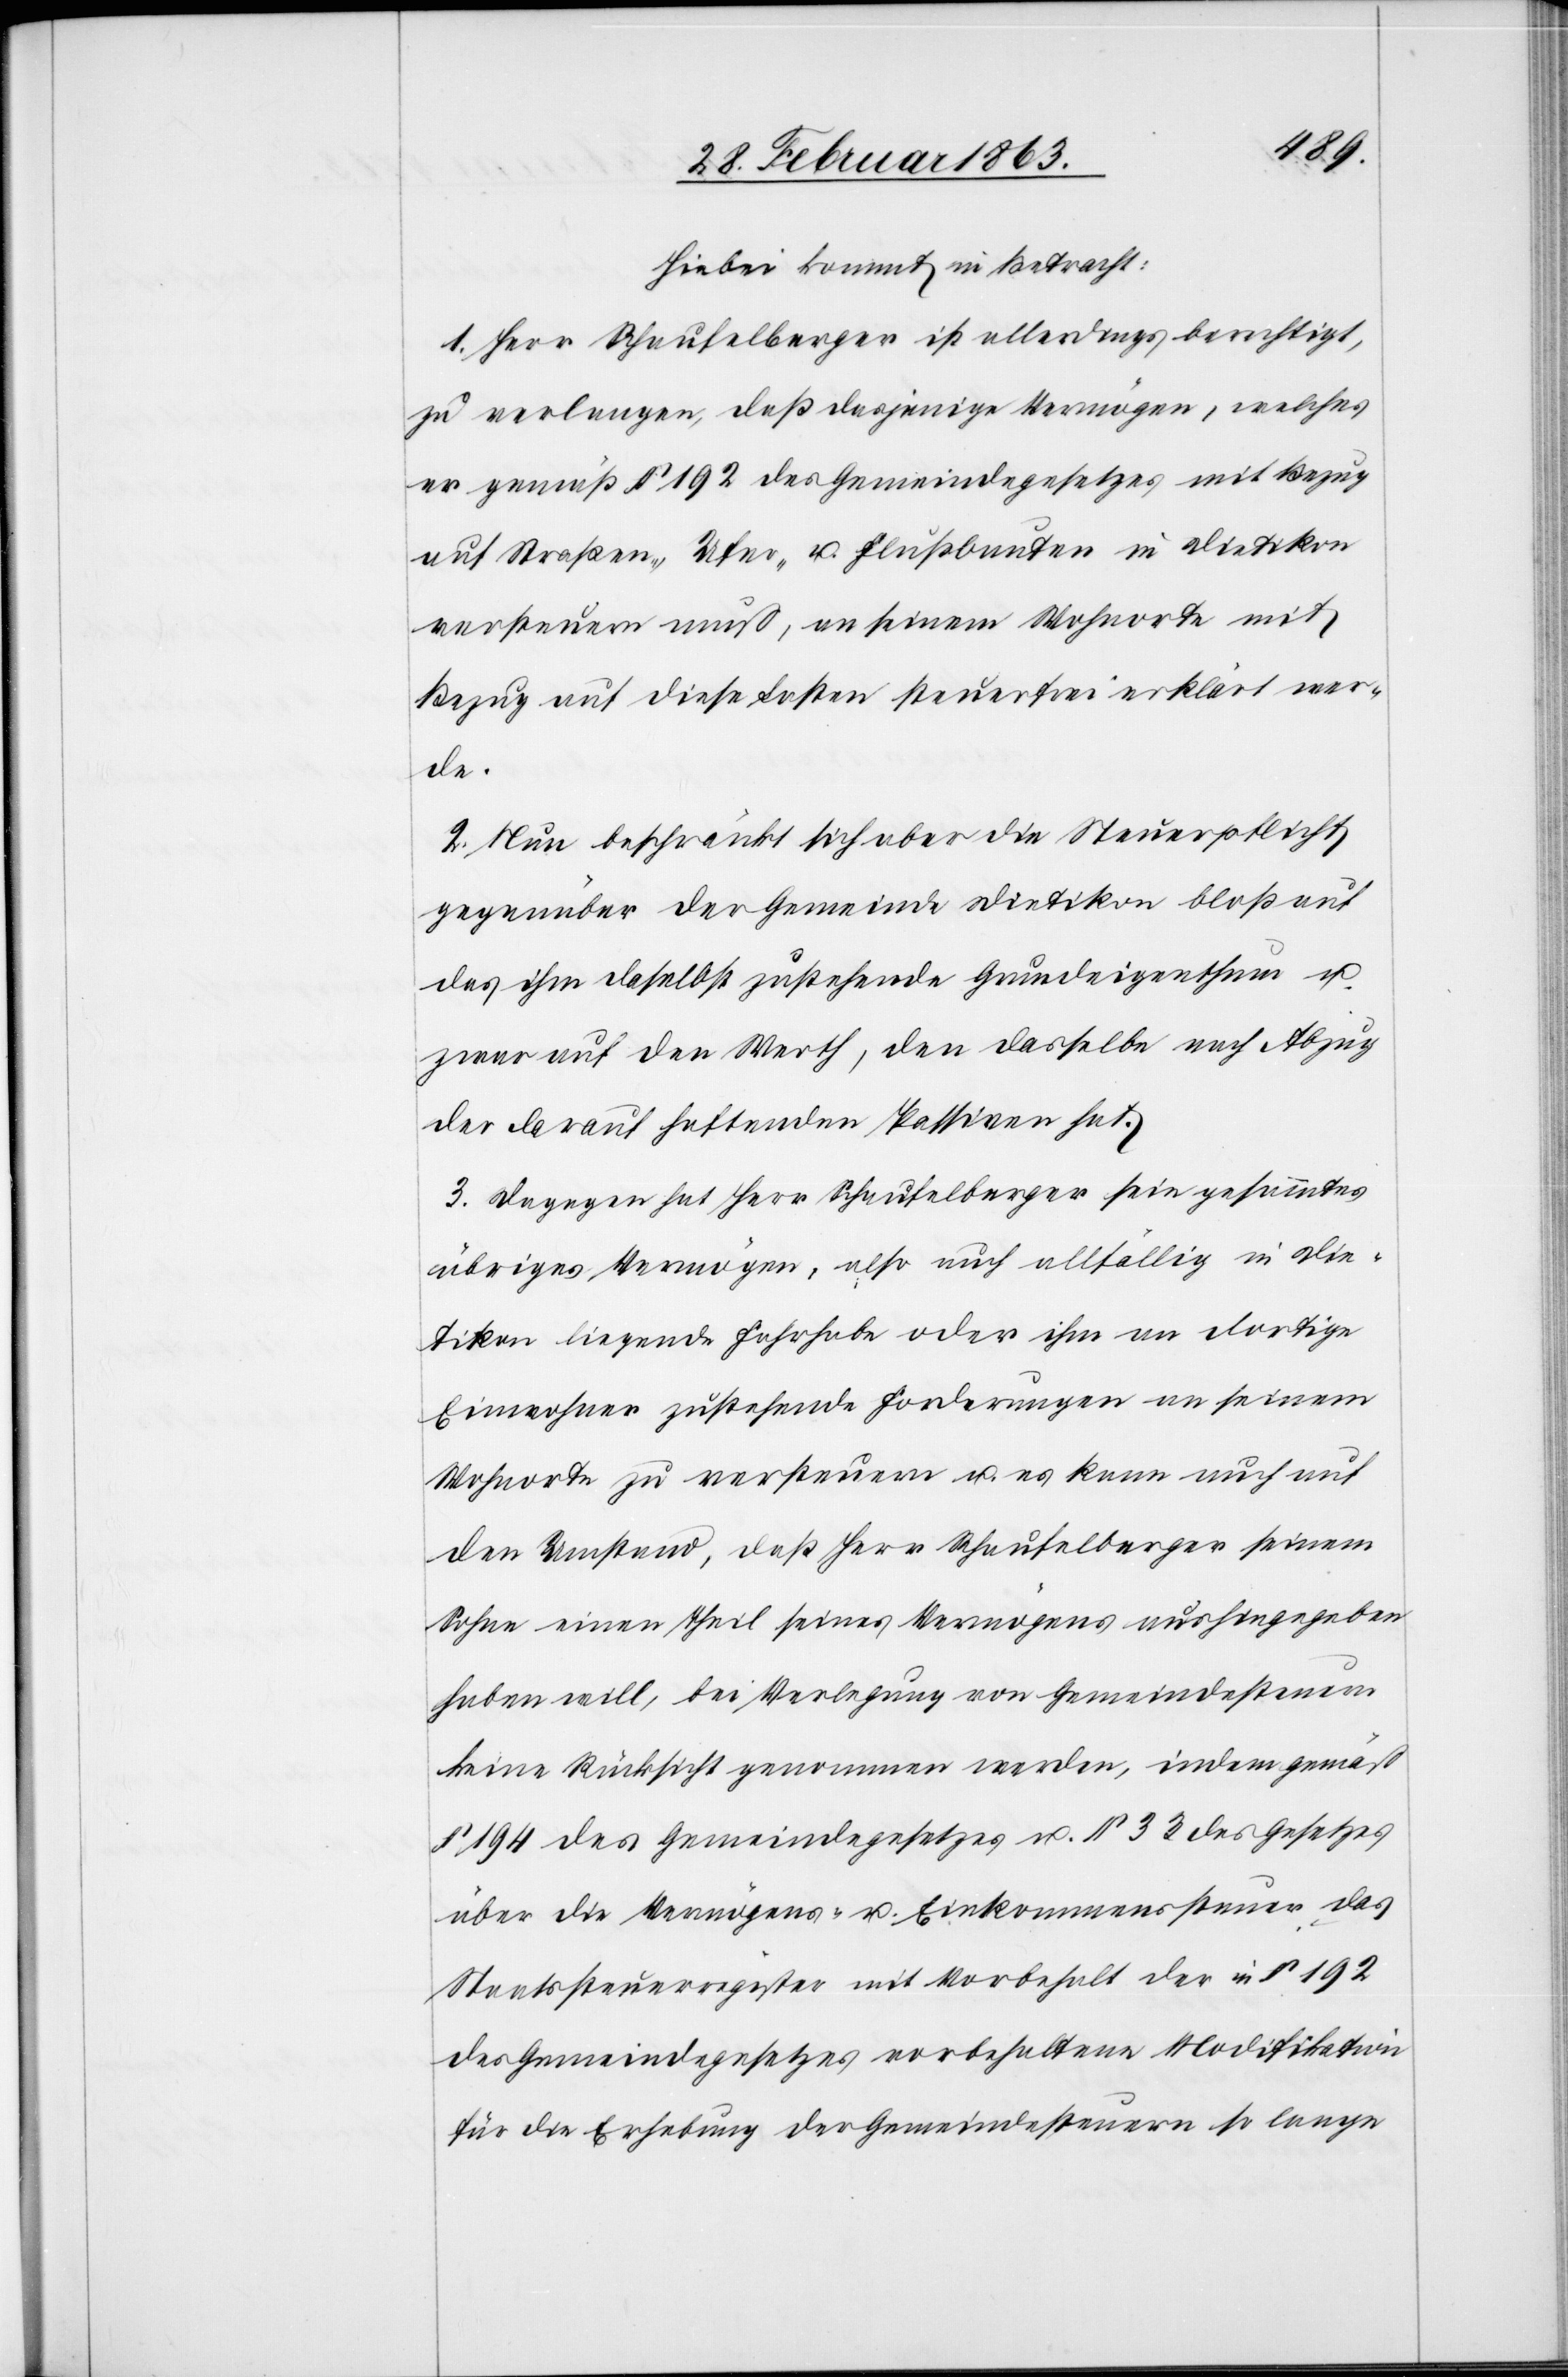
Hiebei kommt in Betracht:
1. Herr Schaufelberger ist allerdings berechtigt,
zu verlangen, daß dasjenige Vermögen, welches
er gemäß § 192 des Gemeindegesetzes mit Bezug
auf Straßen-, Ufer- u. Flußbauten in Dietikon
versteuern muß, an seinem Wohnorte mit
Bezug auf diese Lasten steuerfrei erklärt wer¬
de.
2. Nun beschränkt sich aber die Steuerpflicht
gegenüber der Gemeinde Dietikon bloß auf
das ihm daselbst zustehende Grundeigenthum u.
zwar auf den Werth, den dasselbe nach Abzug
der darauf haftenden Passiven hat.
3. Dagegen hat Herr Schaufelberger sein gesammtes
übriges Vermögen, also auch allfällig in Die¬
tikon liegende Fahrhabe oder ihm an dortige
Einwohner zustehende Forderungen an seinem
Wohnorte zu versteuern u. es kann auch auf
den Umstand, daß Herr Schaufelberger seinem
Sohne einen Theil seines Vermögens aushingegeben
haben will, bei Verlegung von Gemeindesteuern
keine Rücksicht genommen werden, indem gemäß
§ 194 des Gemeindegesetzes u. § 33 des Gesetzes
über die Vermögens- u. Einkommenssteuer das
Staatssteuerregister mit Vorbehalt der in § 192
des Gemeindegesetzes vorbehaltene Modifikation
für die Erhebung der Gemeindesteuern so lange